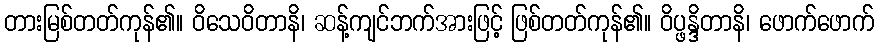
တားမြစ်တတ်ကုန်၏။ ဝိသေဝိတာနိ၊ ဆန့်ကျင်ဘက်အားဖြင့် ဖြစ်တတ်ကုန်၏။ ဝိပ္ဖန္ဒိတာနိ၊ ဖောက်ဖောက်